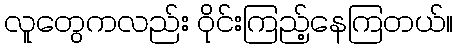
လူတွေကလည်း ဝိုင်းကြည့်နေကြတယ်။